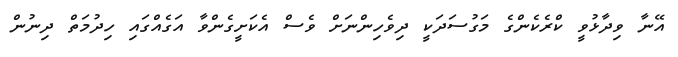
އޭނާ ވިދާޅުވީ ކްރެކެންގެ މަގުސަދަކީ ދިވެހިންނަށް ވެސް އެކަށީގެންވާ އަގެއްގައި ހިދުމަތް ދިނުން